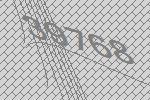
39768